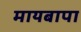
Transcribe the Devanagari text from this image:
मायबापा